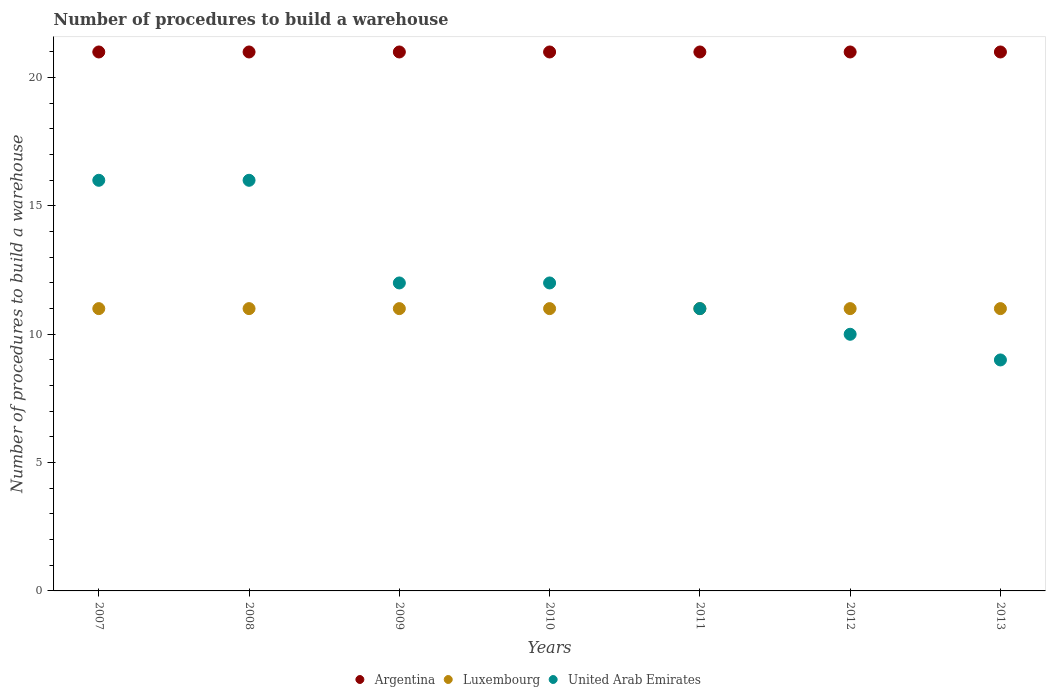
| Years | Argentina | Luxembourg | United Arab Emirates |
 | --- | --- | --- | --- |
 | 2007 | 21 | 11 | 16 |
 | 2008 | 21 | 11 | 16 |
 | 2009 | 21 | 11 | 12 |
 | 2010 | 21 | 11 | 12 |
 | 2011 | 21 | 11 | 11 |
 | 2012 | 21 | 11 | 10 |
 | 2013 | 21 | 11 | 9 |